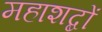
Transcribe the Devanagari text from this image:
महाशब्दों